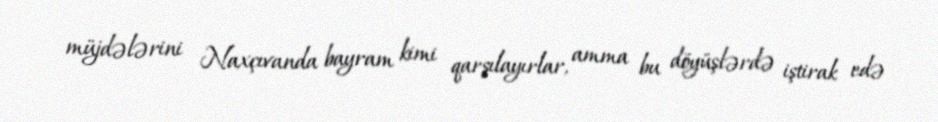
müjdələrini Naxçıvanda bayram kimi qarşılayırlar, amma bu döyüşlərdə iştirak edə